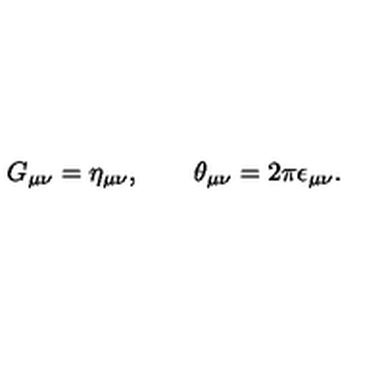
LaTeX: G _ { \mu \nu } = \eta _ { \mu \nu } , \qquad \theta _ { \mu \nu } = 2 \pi \epsilon _ { \mu \nu } .